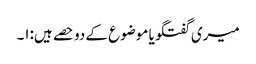
میری گفتگو یا موضوع کے دو حصے ہیں:۱۔